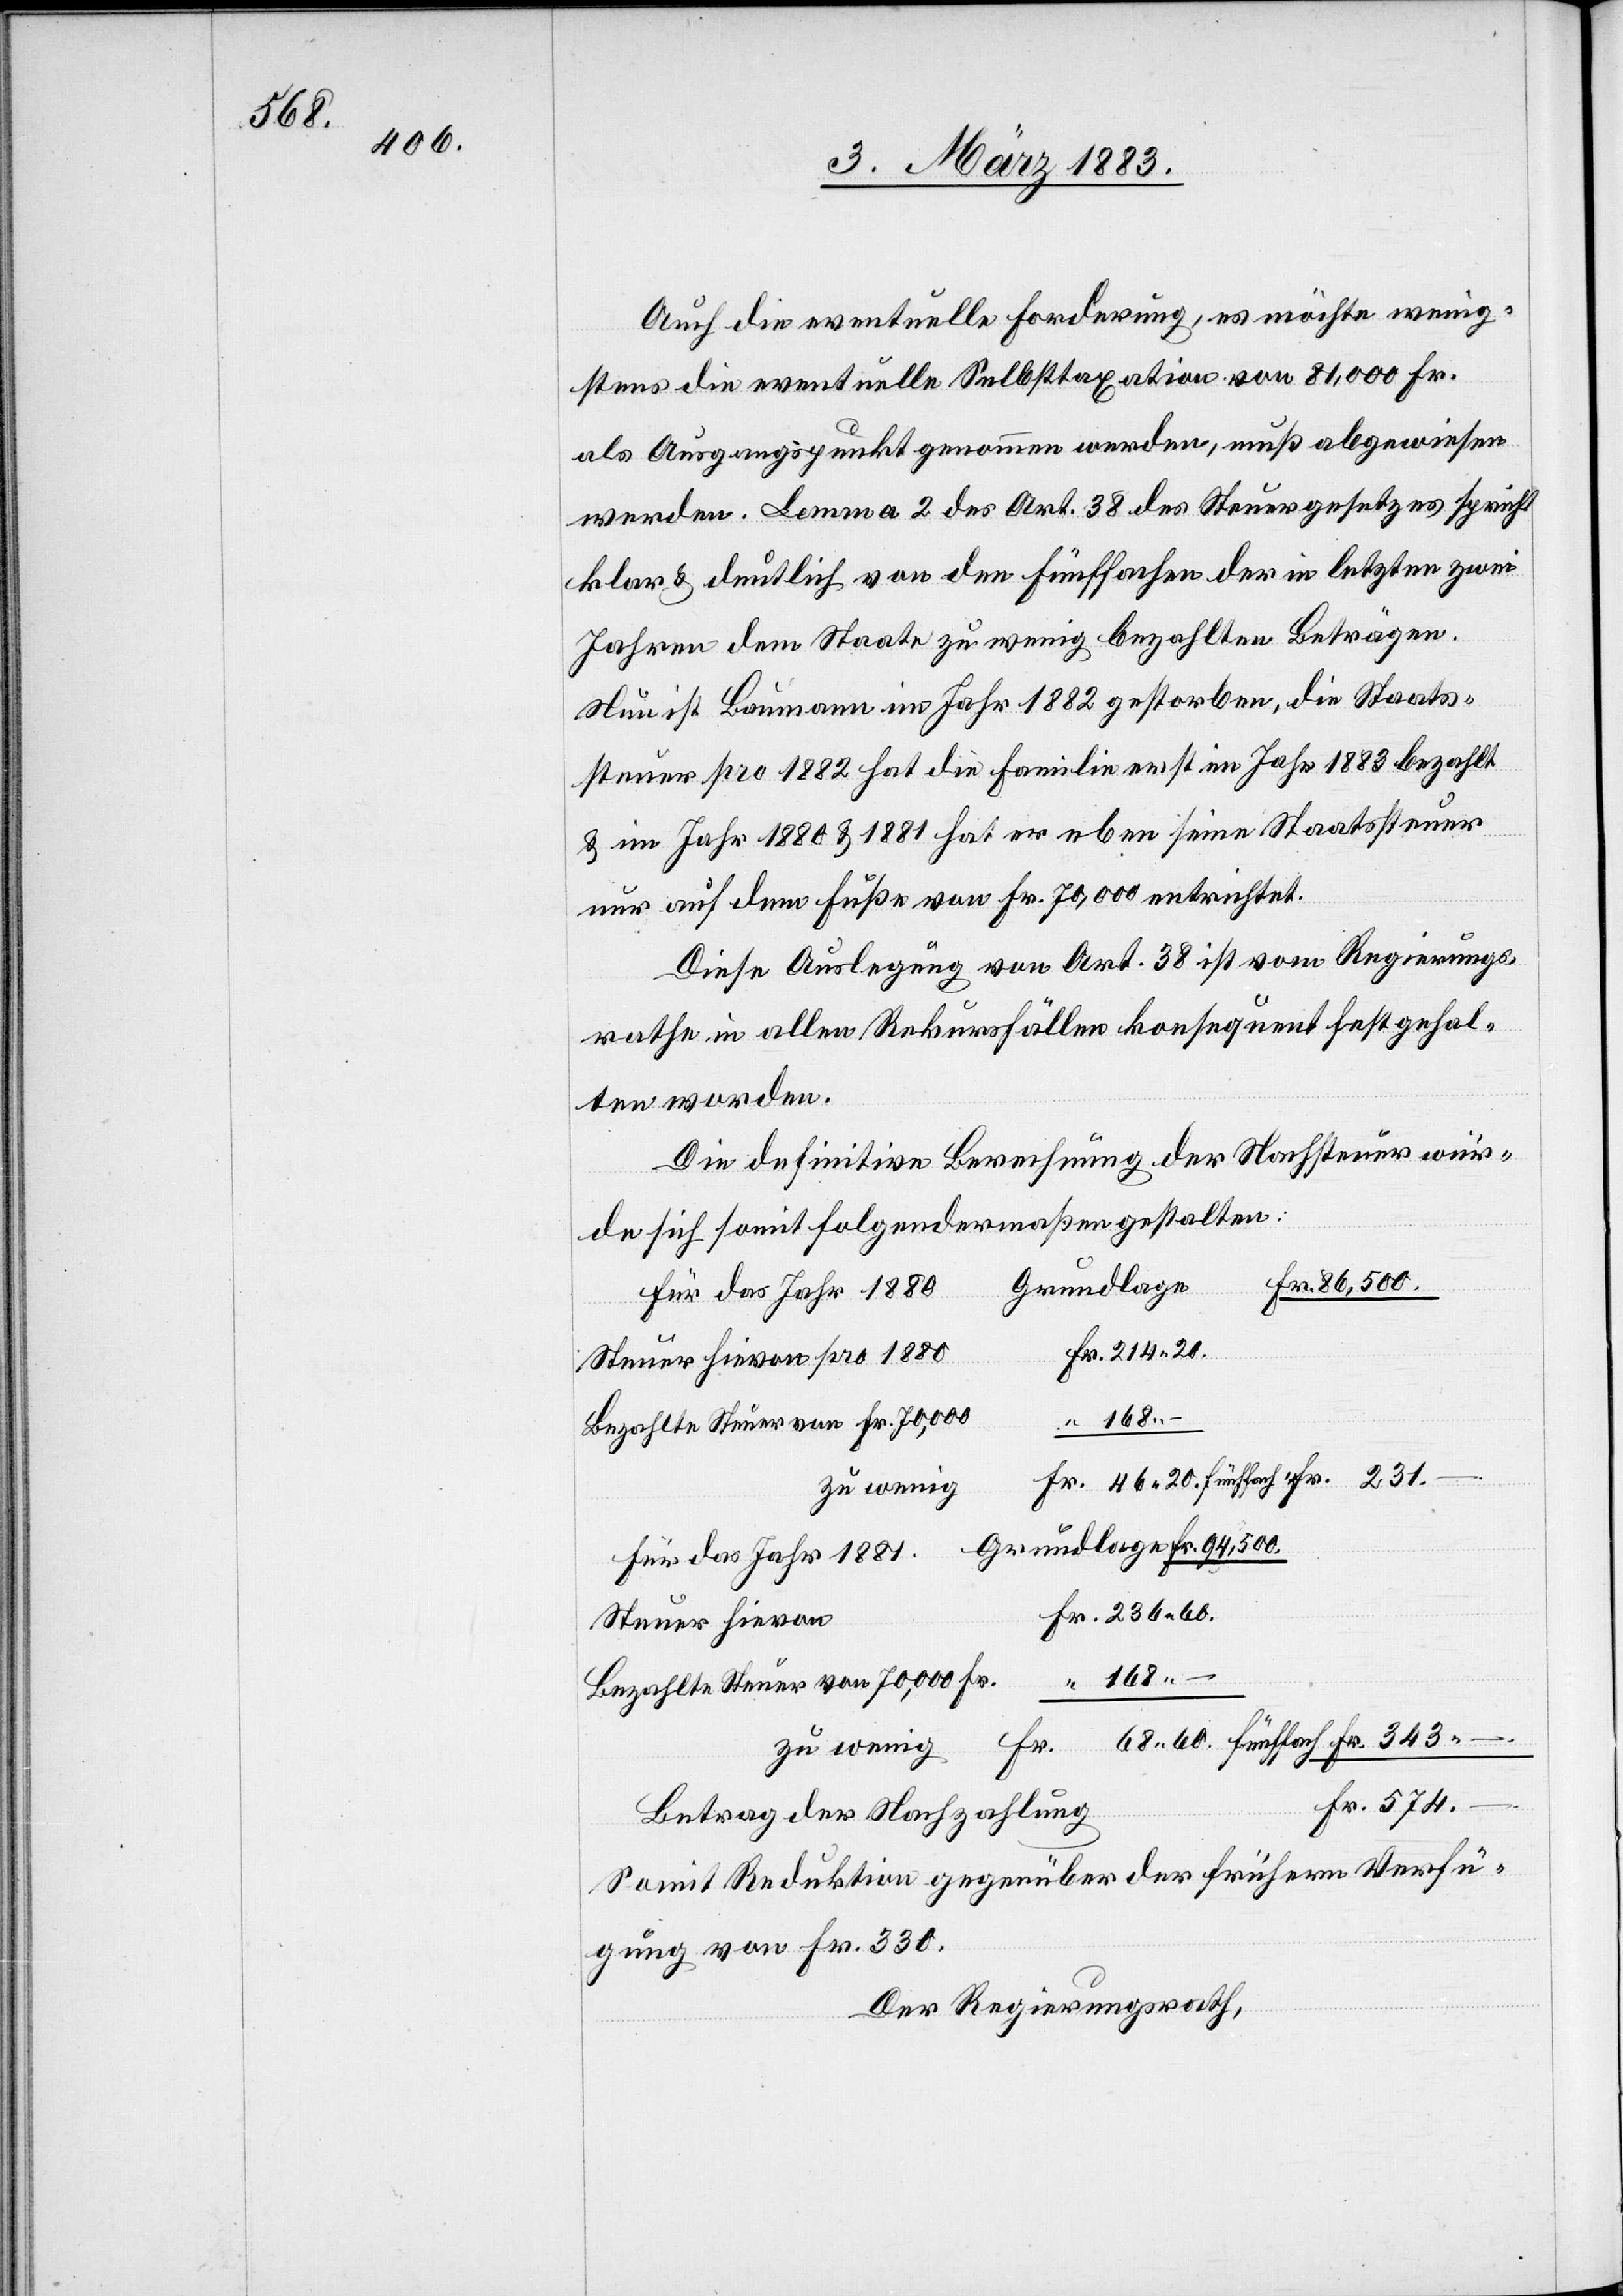
68.60

Auch die eventuelle Forderung, es möchte wenig¬
stens die eventuelle Selbsttaxation von 81,000 Fr.
als Ausgangspunkt genommen werden, muß abgewiesen
werden. Lemma 2 des Art. 38 des Steuergesetzes spricht
klar & deutlich von den fünffachen der in letzten zwei
Jahren dem Staate zu wenig bezahlten Beträgen.
Nun ist Baumann im Jahr 1882 gestorben, die Staats¬
steuer pro 1882 hat die Familie erst im Jahr 1883 bezahlt
& im Jahr 1880 & 1881 hat er eben seine Staatssteuer
nur auf dem Fuße von Fr. 70,000 entrichtet.
Diese Auslegung von Art. 38 ist vom Regierungs¬
rathe in allen Rekursfällen konsequent fest gehal¬
ten worden.
Die definitive Berechnung der Nachsteuer wür¬
de sich somit folgendermaßen gestalten:
86,500.
Grundlage
für das Jahr 1880
Steuer hievon pro 1880
168.–
Bezahlte Steuer von Fr. 70,000
für das Jahr 1881
Steuer hievon
Fr.
Fr.
zu wenig
343.–
Betrag der Nachzahlung
Somit Reduktion gegenüber der frühern Verfü¬
gung von Fr. 330.
Der Regierungsrath,